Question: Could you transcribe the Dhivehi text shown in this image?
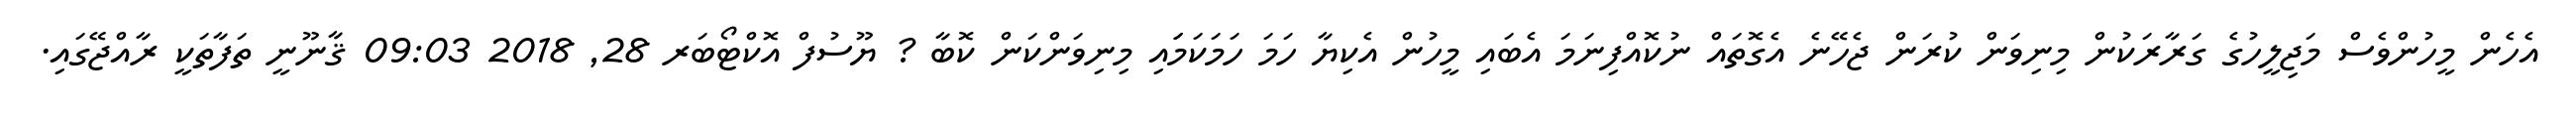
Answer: އެހެން މީހުންވެސް މަޖިލީހުގެ ގަރާރަކުން މިނިވަން ކުރަން ޖެހޭނެ އެގޮތައް ނުކޮއްފިނަމަ އެބައި މީހުން އެކިޔާ ހަމަ ހަމަކަމަައި މިނިވަންކަން ކޮބާ ? ޔޫސުފް އޮކްޓޯބަރ 28, 2018 09:03 ޤާނޫނީ ތަފާތަކީ ރާއްޖޭގައި.